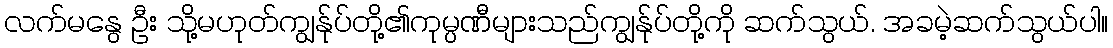
လက်မနွေ ဦး သို့မဟုတ်ကျွန်ုပ်တို့၏ကုမ္ပဏီများသည်ကျွန်ုပ်တို့ကို ဆက်သွယ်. အခမဲ့ဆက်သွယ်ပါ။